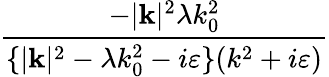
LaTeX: \frac{-|\mathbf{k}|^{2}\lambda k_{0}^{2}}{\{ |\mathbf{k}|^{2}-\lambda k_{0}^{2}-i\varepsilon\} (k^{2}+i\varepsilon)}